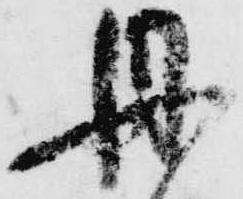
丹